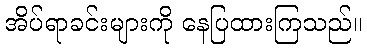
အိပ်ရာခင်းများကို နေပြထားကြသည်။